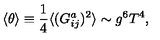
\langle \theta \rangle \equiv \frac { 1 } { 4 } \langle ( G _ { i j } ^ { a } ) ^ { 2 } \rangle \sim g ^ { 6 } T ^ { 4 } ,